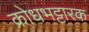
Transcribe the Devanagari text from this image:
क्रोधभट्टारक